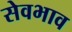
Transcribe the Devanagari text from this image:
सेवभाव